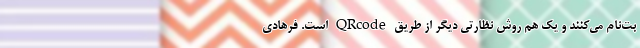
بت‌نام می‌کنند و یک هم روش نظارتی دیگر از طریق QRcode است. فرهادی